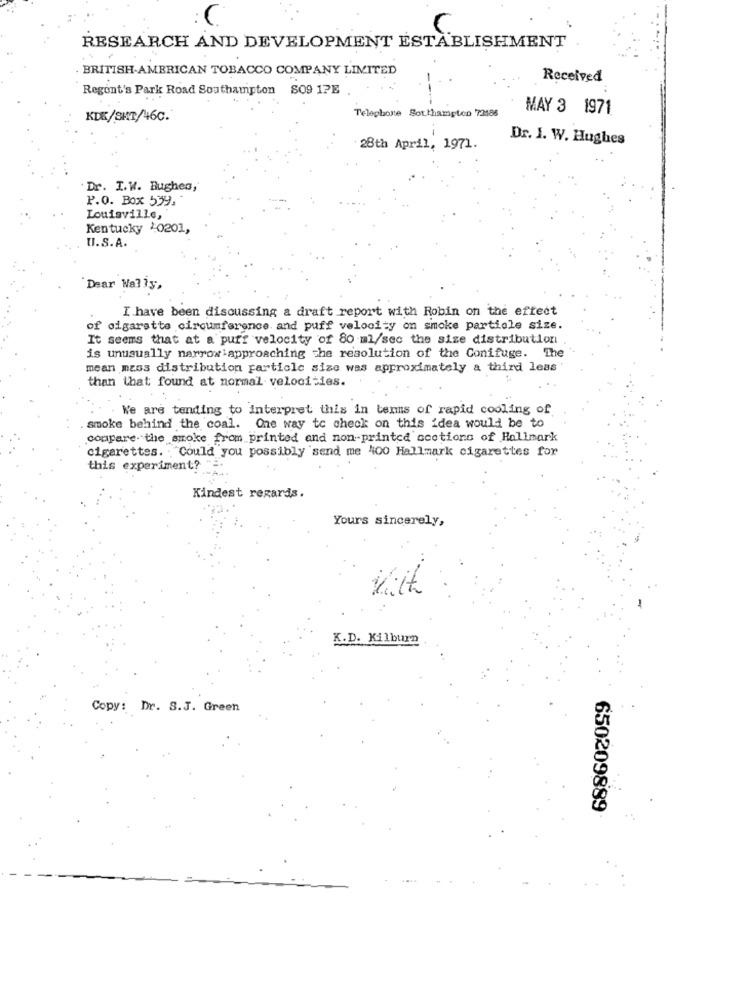
RESEARCH AND DEVELOPMENT ESTABLISHMENT
BRITISH-AMERICAN TOBACCO COMPANY LIMITED
Received
Regont's Park Road Southampton 809 17E
MAY 3 1971
KDE/SHT/46C.
Telephone Southampton 72188
--
Dr. I. W. Hughes
28th April, 1971.
Dr. I.W. Hughes,
P.O. Box 559.
Louisville,
Kentucky 20201,
U.S.A.
Dear Wally,
I have been discussing a draft report with Robin on the effect
of cigarette circumference. and puff velocity on smoke particle size.
It seems that at a puff velocity of 80 ml/sec the size distribution
is unusually narrow approaching the resolution of the Conifuge. The
mean mzos distribution particle size was approximately a third leas'
than that found at normal velocities.
We are tending to interpret this in terms of rapid cooling of
smoke behind the coal. One way to check on this idea would be to
compare. the smoke from printed and non-printed ccetions of Hallmark
cigarettes. . Could you possibly 'send me 400 Hallmark cigarettes for
this experiment? "
Kindest regards.
Yours sincerely,
K.D. Kilburn
Copy: Dr. S.J. Green
650209889